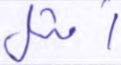
أمثل